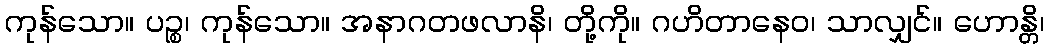
ကုန်သော။ ပဉ္စ၊ ကုန်သော။ အနာဂတဖလာနိ၊ တို့ကို။ ဂဟိတာနေဝ၊ သာလျှင်။ ဟောန္တိ၊